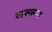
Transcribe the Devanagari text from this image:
व्स्ल्ल्म